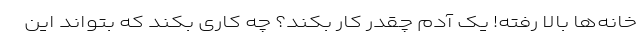
خانه‌ها بالا رفته! یک آدم چقدر کار بکند؟ چه کاری بکند که بتواند این